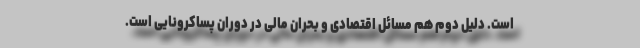
است. دلیل دوم هم مسائل اقتصادی و بحران مالی در دوران پساکرونایی است.